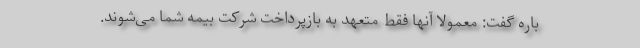
باره گفت: معمولاً آنها فقط متعهد به بازپرداخت شرکت بیمه شما می‌شوند.